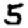
Digit: 5